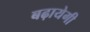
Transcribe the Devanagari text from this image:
बढ़ायेगी